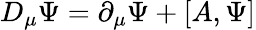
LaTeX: D_{\mu}\Psi=\partial_{\mu}\Psi+\left[A,\Psi\right]